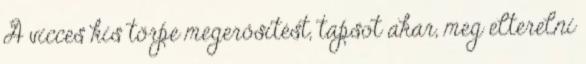
A vicces kis törpe megerősítést, tapsot akar, meg elterelni